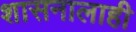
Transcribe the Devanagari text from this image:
शासनालाही